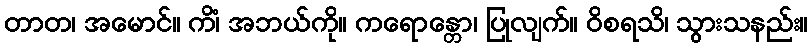
တာတ၊ အမောင်။ ကိံ၊ အဘယ်ကို။ ကရောန္တော၊ ပြုလျက်။ ဝိစရသိ၊ သွားသနည်း။